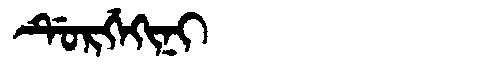
Manchu: ᡩᡠᡵᡤᡝᡴᡳᠨᡳ
Romanization: DURGEKINI